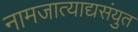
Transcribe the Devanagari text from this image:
नामजात्याद्यसंयुत